Annual report on the working of the lock hospitals in the Central Provinces
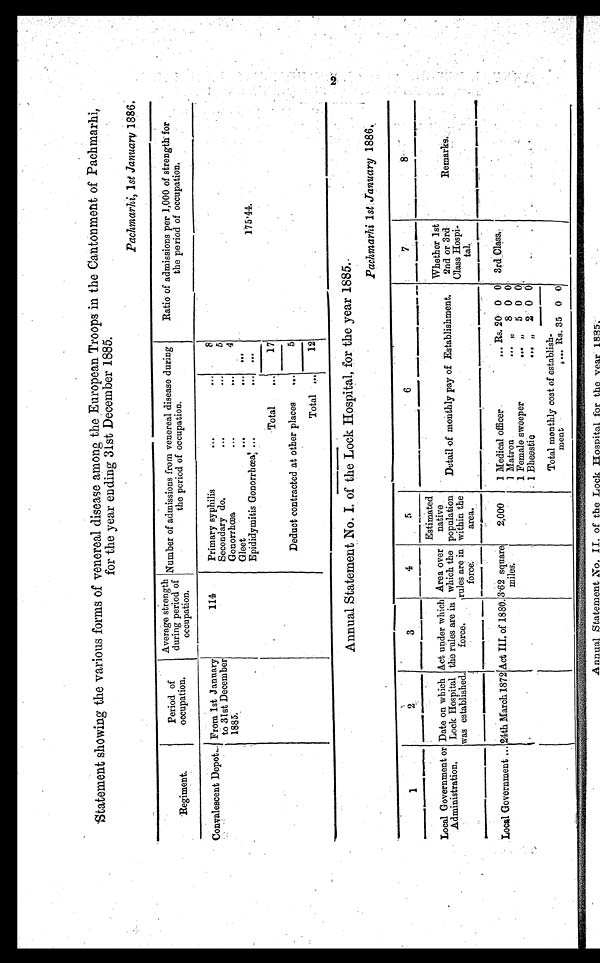
Statement showing the various forms of venereal disease among the European Troops in the Cantonment of Pachmarhi,
for the year ending 31st December 1885.
Pachmarhi, 1st January 1886.
Regiment.
Period of
occupation.
Average strength
during period of
occupation.
Number of admissions from venereal disease during
the period of occupation.
Ratio of admissions per 1,000 of strength for
the period of occupation.
Convalescent Depot... From 1st January
to 31st December
1885.
114
Primary syphilis
...
. . .
8
Secondary do.
...
. . .
5
Gonorrhœa
...
. . .
4
Gleet
...
...
. . .
Epididymitis Gonorrhœa ...
. . . . . .
175·44.
Total
...
17
Deduct contracted at other places
...
5
Total
. . .
12
Annual Statement No. I. of the Lock Hospital, for the year 1885.
1 2
3
4
5
6
7
8
Local Government or
Administration
.
Date on which
Lock Hospital
was established.
Act under which
the rules are in
force.
Area over
which the
rules are in
force.
Estimated
native
population
within the
area .
Detail of monthly pay of Establishment.
Whether 1st
2nd or 3rd
Class Hospi
-tal.
Remarks.
Local Government ... 24th March 1872 Act III, of 1880. 3·62 square
miles.
2,000
1 Medical officer
... Rs. 20 0 0 3rd Class.
1 Matron
... „ 8 0 0
1 Female sweeper
... „ 5 0 0
. . .
1 Bheestie
. . . „ 2 0 0
Total monthly cost of establish
-ment
. . .
. . . Rs. 35 0 0
Annual Statement No. II. of the Lock Hospital, for the year 1885.